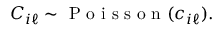
C _ { i \ell } \sim \mathrm { ~ P ~ o ~ i ~ s ~ s ~ o ~ n ~ } ( c _ { i \ell } ) .